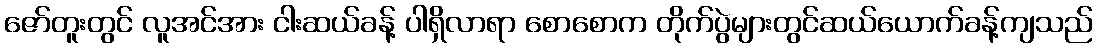
ဇော်တူးတွင် လူအင်အား ငါးဆယ်ခန့် ပါရှိလာရာ စောစောက တိုက်ပွဲများတွင်ဆယ်ယောက်ခန့်ကျသည်